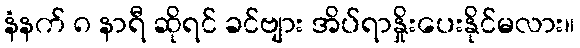
နံနက် ၈ နာရီ ဆိုရင် ခင်ဗျား အိပ်ရာနှိုးပေးနိုင်မလား။